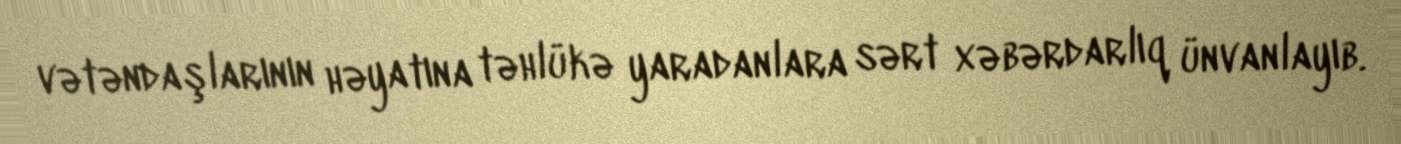
vətəndaşlarının həyatına təhlükə yaradanlara sərt xəbərdarlıq ünvanlayıb.